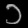
Digit: ၁